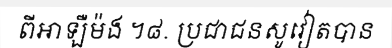
ពីអាឡឺម៉ង ។៨. ប្រជាជនសូវៀតបាន